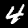
Label: 4